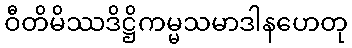
ဝီတိမိဿဒိဋ္ဌိကမ္မသမာဒါနဟေတု